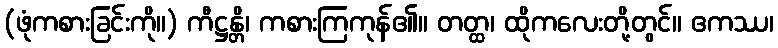
(ဖုံကစားခြင်းကို။) ကီဋ္ဌန္တိ၊ ကစားကြကုန်၏။ တတ္ထ၊ ထိုကလေးတို့တွင်။ ဧကဿ၊